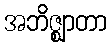
အဘိဇ္ဈာတာ